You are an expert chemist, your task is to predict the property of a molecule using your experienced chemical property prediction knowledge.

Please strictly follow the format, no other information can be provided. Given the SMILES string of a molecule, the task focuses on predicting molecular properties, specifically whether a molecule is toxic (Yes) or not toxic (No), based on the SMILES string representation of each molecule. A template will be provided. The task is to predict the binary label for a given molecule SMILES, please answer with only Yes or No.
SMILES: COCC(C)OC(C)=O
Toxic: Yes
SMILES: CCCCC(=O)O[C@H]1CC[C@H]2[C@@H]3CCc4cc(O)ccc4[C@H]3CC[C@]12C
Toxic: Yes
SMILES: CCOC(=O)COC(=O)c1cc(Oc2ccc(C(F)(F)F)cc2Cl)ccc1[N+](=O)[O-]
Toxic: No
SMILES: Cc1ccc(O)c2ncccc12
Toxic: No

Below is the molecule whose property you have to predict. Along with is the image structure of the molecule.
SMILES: COP(=S)(OC)Oc1c(Cl)cc(C)cc1Cl
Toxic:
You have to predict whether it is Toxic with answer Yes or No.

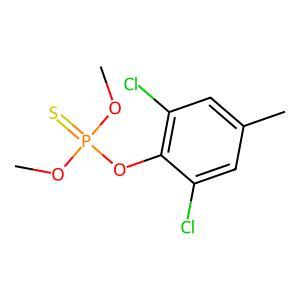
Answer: No